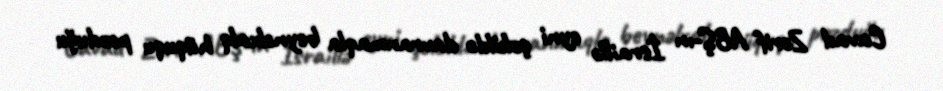
Cavad Zərif ABŞ-ın İsraillə eyni şəkildə davranmaqla beynəlxalq hüququ pozduğu